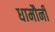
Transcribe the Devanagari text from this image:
धामौनी